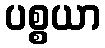
ပစ္စယာ